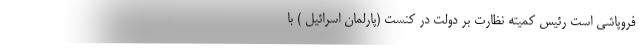
فروپاشی است رئیس کمیته نظارت بر دولت در کنست (پارلمان اسرائیل ) با